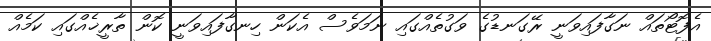
އެފޮޓޯތައް ނަގާފައިވަނީ ރޭގަނޑުގެ ވަގުތެއްގައި ނަމަވެސް އެކަން ހިނގާފައިވަނީ ކޮން ތާރީޚެއްގައި ކަމެއް